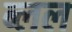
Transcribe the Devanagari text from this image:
ब्लल